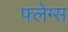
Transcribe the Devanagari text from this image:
फ्लेग्स